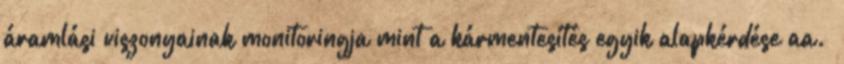
áramlási viszonyainak monitoringja mint a kármentesítés egyik alapkérdése aa.